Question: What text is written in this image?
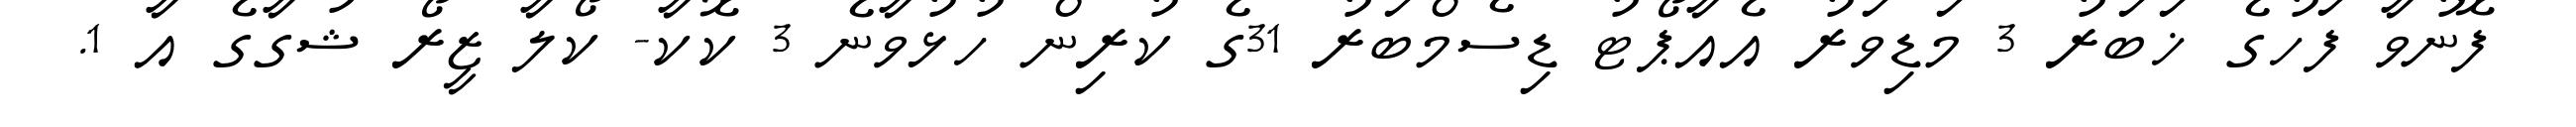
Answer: ފޮނުވާ ފަހުގެ ޚަބަރު 3 މަޑިވަރު އެއާޕޯޓު ޑިސެމްބަރު 31ގެ ކުރިން ހުޅުވާނެ 3 ކޮކާ- ކޯލާ ޒީރޯ ޝުގާގެ އާ 1.